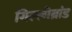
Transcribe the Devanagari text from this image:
गिल्लीब्रांड